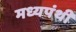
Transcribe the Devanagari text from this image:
मध्यपंथी